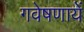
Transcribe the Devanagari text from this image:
गवेषणायें